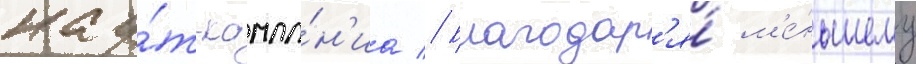
кау́т-кампа́н'иа // Благодар'я́ м'е́ньшему